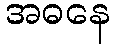
အဓနေ